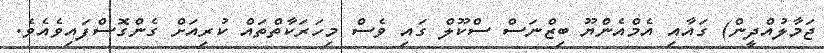
ޖަމާލުއްދީން) ގައާއި އެމްއެންޔޫ ބިޒްނަސް ސްކޫލް ގައި ވެސް މިހަރަކާތްތައް ކުރިއަށް ގެންގޮސްފައިވެއެވެ.